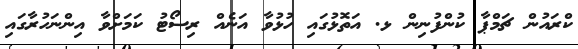
ކްރައުން ޗަމްޕާ ކުންފުނިން ޅ. އަތޮޅުގައި ހުޅުވާ އަނެއް ރިސޯޓު ކަމަށްވާ އިންނަހުރާގައި